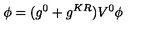
\phi = ( g ^ { 0 } + g ^ { K R } ) V ^ { 0 } \phi